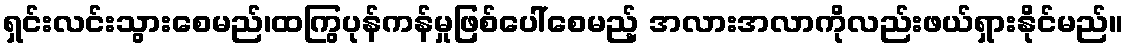
ရှင်းလင်းသွားစေမည်၊ထကြွပုန်ကန်မှုဖြစ်ပေါ်စေမည့် အလားအလာကိုလည်းဖယ်ရှားနိုင်မည်။